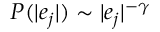
P ( | e _ { j } | ) \sim | e _ { j } | ^ { - \gamma }